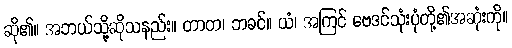
ဆို၏။ အဘယ်သို့ဆိုသနည်း။ တာတ၊ ဘခင်။ ယံ၊ အကြင် ဗေဒင်သုံးပုံတို့၏အဆုံးကို။